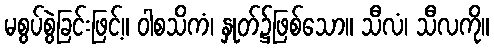
မစွပ်စွဲခြင်းဖြင့်။ ဝါစသိကံ၊ နှုတ်၌ဖြစ်သော။ သီလံ၊ သီလကို။